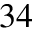
^ { 3 4 }